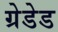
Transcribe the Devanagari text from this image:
ग्रेडेड